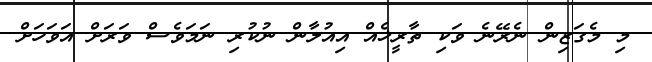
މި މެގަޒިން ނެރޭނެ ވަކި ތާރީޚެއް އިއުލާން ނުކުރި ނަމަވެސް ވަަރަށް އަވަހަށް